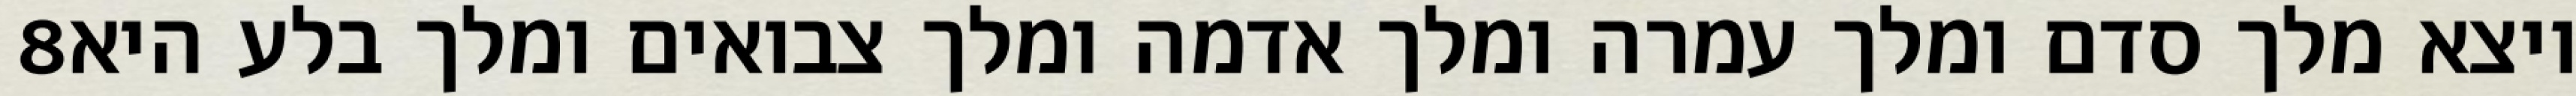
‎8‏ ויצא מלך סדם ומלך עמרה ומלך אדמה ומלך צבואים ומלך בלע היא